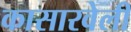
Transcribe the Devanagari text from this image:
कासारवेली